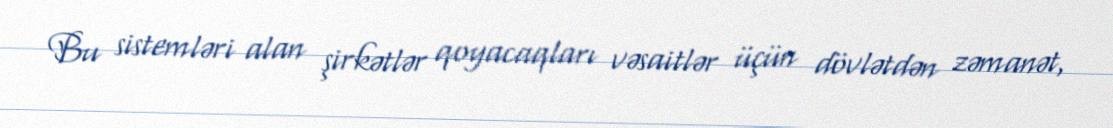
Bu sistemləri alan şirkətlər qoyacaqları vəsaitlər üçün dövlətdən zəmanət,